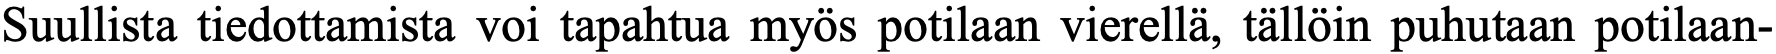
Suullista tiedottamista voi tapahtua myös potilaan vierellä, tällöin puhutaan potilaan-